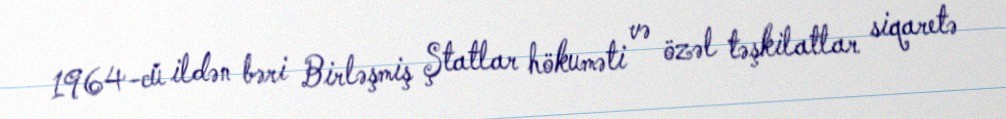
1964-cü ildən bəri Birləşmiş Ştatlar hökuməti və özəl təşkilatlar siqaretə